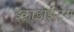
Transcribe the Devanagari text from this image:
इकाडाईप्ट्स